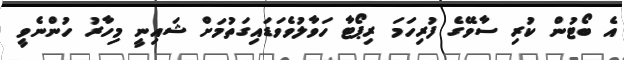
އެ ބޯޓުން ކުރި ސާވޭގެ ފުރިހަމަ ރިޕޯޓާ ހަވާލުވެވަޑައިގަތުމަށް ޝައިނީ މިހާރު ހުންނެވީ